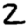
Digit: 2